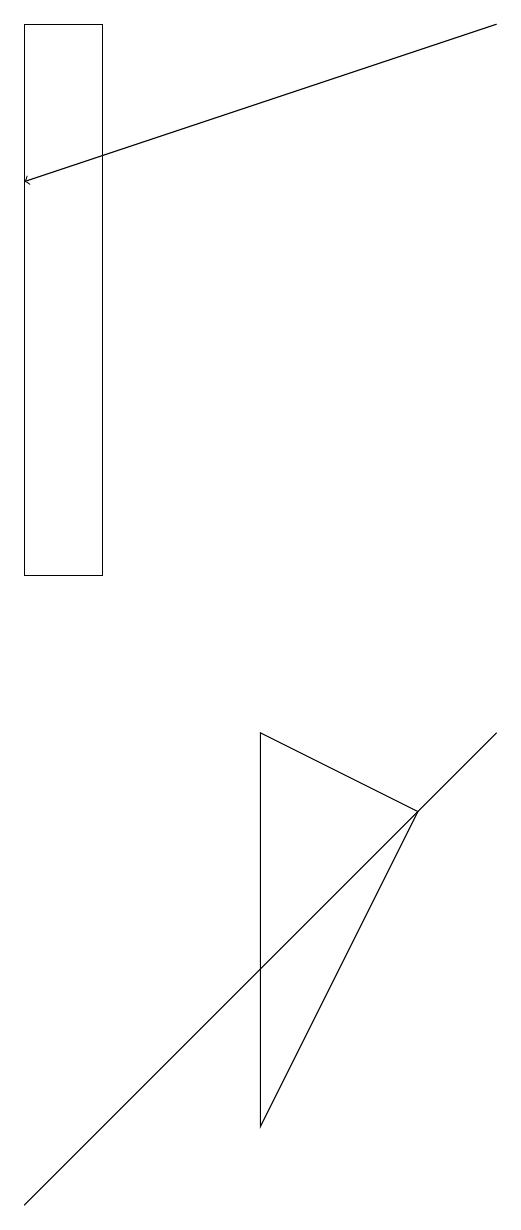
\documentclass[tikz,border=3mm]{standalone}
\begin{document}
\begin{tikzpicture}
\draw (6,4) -- (6,9) -- (8,8) -- cycle;
\draw (4,11) rectangle (3,18);
\draw (9,9) -- (3,3) -- (4,4) -- cycle;
\draw[->] (9,18) -- (3,16);
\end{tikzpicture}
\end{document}